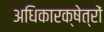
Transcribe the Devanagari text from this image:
अधिकारक्षेत्रों